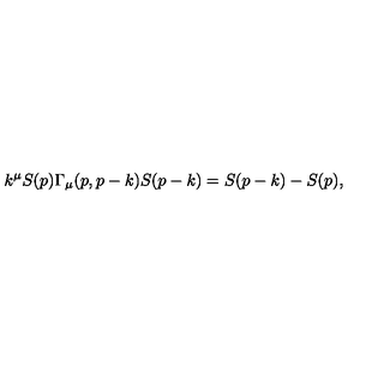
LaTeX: k ^ { \mu } S ( p ) \Gamma _ { \mu } ( p , p - k ) S ( p - k ) = S ( p - k ) - S ( p ) ,